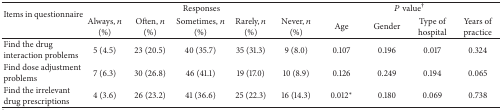
| <ROWSPAN=2> Items in questionnaire | <COLSPAN=5> Responses | <COLSPAN=4> P value† |
 | Always, n (%) | Often, n (%) | Sometimes, n (%) | Rarely, n (%) | Never, n (%) | Age | Gender | Type of hospital | Years of practice |
 | --- | --- | --- | --- | --- | --- | --- | --- | --- | --- |
 | Find the drug interaction problems | 5 (4.5) | 23 (20.5) | 40 (35.7) | 35 (31.3) | 9 (8.0) | 0.107 | 0.196 | 0.017 | 0.324 |
 | Find dose adjustment problems | 7 (6.3) | 30 (26.8) | 46 (41.1) | 19 (17.0) | 10 (8.9) | 0.126 | 0.249 | 0.194 | 0.065 |
 | Find the irrelevant drug prescriptions | 4 (3.6) | 26 (23.2) | 41 (36.6) | 25 (22.3) | 16 (14.3) | 0.012* | 0.180 | 0.069 | 0.738 |